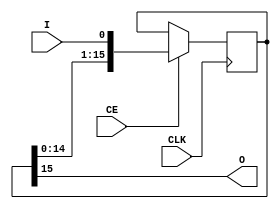
`timescale 1ns / 1ps
//////////////////////////////////////////////////////////////////////////////////
// Company: 
// Engineer: 
// 
// Design Name: 
// Module Name:    srl_nx1 
// Project Name: 
// Target Devices: 
// Tool versions: 
// Description: 
//
// Dependencies: 
//
// Revision: 
// Revision 0.01 - File Created
// Additional Comments: 
//
//////////////////////////////////////////////////////////////////////////////////
module srl_nx1
#(
	parameter Depth = 16
)(
	input CLK,
	input CE,
	input I,
	output O
);

(* syn_srlstyle = "select_srl" *)
	reg [Depth-1:0] sr;
	initial sr = 0;

   always @(posedge CLK)
      if (CE)begin
         sr <= {sr[Depth-2:0], I};
		end
   assign O = sr[Depth-1];

endmodule